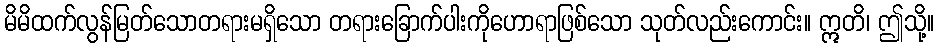
မိမိထက်လွန်မြတ်သောတရားမရှိသော တရားခြောက်ပါးကိုဟောရာဖြစ်သော သုတ်လည်းကောင်း။ ဣတိ၊ ဤသို့။